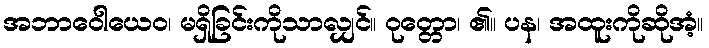
အဘာဝေါယေဝ၊ မရှိခြင်းကိုသာလျှင်။ ဝုတ္တော၊ ၏။ ပန၊ အထူးကိုဆိုအံ့။